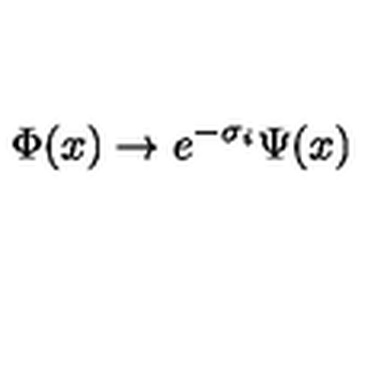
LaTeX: \Phi ( x ) \rightarrow e ^ { - \sigma _ { i } } \Psi ( x )